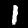
Label: 1